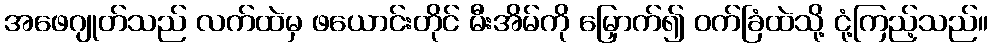
အဖေဂျုတ်သည် လက်ထဲမှ ဖယောင်းတိုင် မီးအိမ်ကို မြှောက်၍ ဝက်ခြံထဲသို့ ငုံ့ကြည့်သည်။